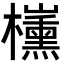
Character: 𣠍